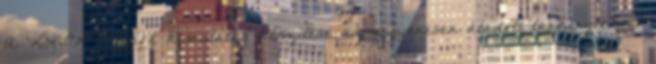
A KLIK részére kimutatás készítése az ingyenesen átadott tankönyvekről